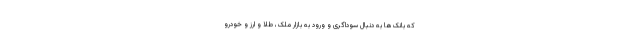
که بانک‌ها به دنبال سوداگری و ورود به بازار ملک، طلا و ارز و خودرو